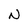
Character: N